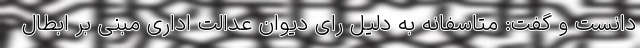
دانست و گفت: متاسفانه به دلیل رای دیوان عدالت اداری مبنی بر ابطال